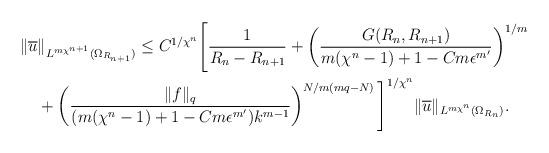
LaTeX: \begin{align*} \|\overline{u}&\|_{L^{m\chi^{n+1}}(\Omega_{R_{n+1}})}\le C^{1/\chi^n}\Bigg[\frac{1}{R_{n}-R_{n+1}}+\left(\frac{G(R_{n},R_{n+1})}{m(\chi^n-1)+1-Cm\epsilon^{m'}}\right)^{1/m}\\ &+\left(\frac{\|f\|_q}{(m(\chi^n-1)+1-Cm\epsilon^{m'})k^{m-1}}\right)^{N/m(mq-N)}\Bigg]^{1/\chi^n}\|\overline{u}\|_{L^{m\chi^n}(\Omega_{R_n})}.\end{align*}